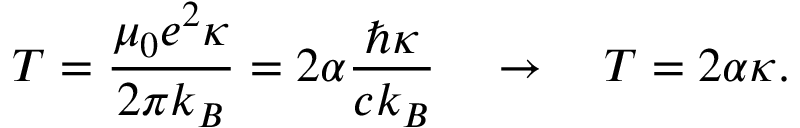
T = \frac { \mu _ { 0 } e ^ { 2 } \kappa } { 2 \pi k _ { B } } = 2 \alpha \frac { \hbar \kappa } { c k _ { B } } \quad \to \quad T = 2 \alpha \kappa .